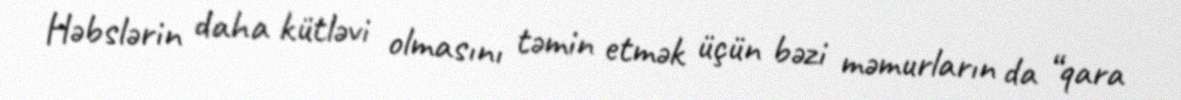
Həbslərin daha kütləvi olmasını təmin etmək üçün bəzi məmurların da “qara